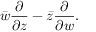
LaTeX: { \bar { w } } { \frac { \partial } { \partial z } } - { \bar { z } } { \frac { \partial } { \partial w } } .